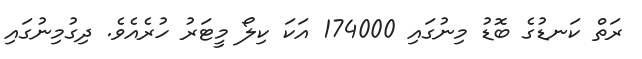
ރަތް ކަނޑުގެ ބޮޑު މިނުގައި 174000 އަކަ ކިލޯ މީޓަރު ހުރެއެވެ. ދިގުމިނުގައި